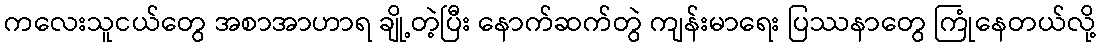
ကလေးသူငယ်တွေ အစာအာဟာရ ချို့တဲ့ပြီး နောက်ဆက်တွဲ ကျန်းမာရေး ပြဿနာတွေ ကြုံနေတယ်လို့